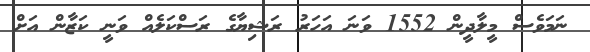
ނަމަވެސް މީލާދީން 1552 ވަނަ އަހަރު ރަޝިޔާގެ ރަސްކަލެއް ވަނީ ކަޒާން އަށް